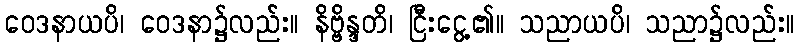
ဝေဒနာယပိ၊ ဝေဒနာ၌လည်း။ နိဗ္ဗိန္ဒတိ၊ ငြီးငွေ့၏။ သညာယပိ၊ သညာ၌လည်း။